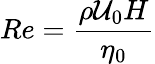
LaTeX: Re=\frac{\rho\mathcal{U}_{0}H}{\eta_{0}}